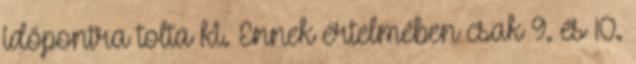
időpontra tolta ki. Ennek értelmében csak 9. és 10.